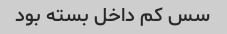
سس کم داخل بسته بود